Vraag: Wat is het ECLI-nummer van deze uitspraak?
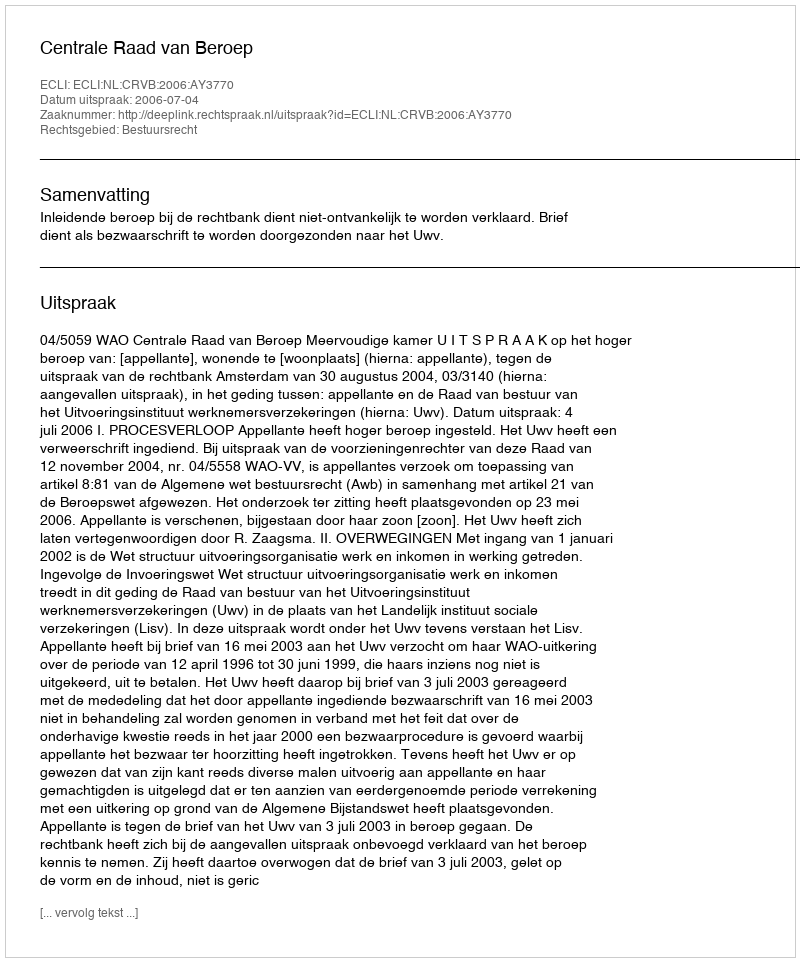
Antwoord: ECLI:NL:CRVB:2006:AY3770